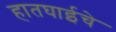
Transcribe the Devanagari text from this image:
हातघाईचे